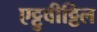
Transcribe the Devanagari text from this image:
एट्टुवीट्टिल